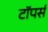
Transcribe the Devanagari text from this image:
टॉपर्स